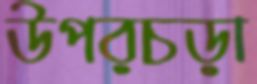
উপরচড়া